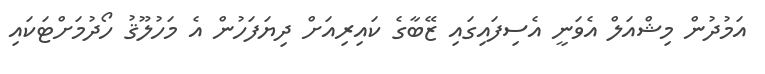
އަމުދުން މިޝްއަލް އެވަނީ އެސިފައިގައި ޒޭބާގެ ކައިރިއަށް ދިޔަފަހުން އެ މަހުލޫޤު ހޯދުމަށްޓަކައި